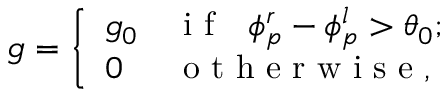
g = \left\{ \begin{array} { l l } { g _ { 0 } } & { \mathrm { ~ i ~ f ~ ~ ~ } \phi _ { p } ^ { r } - \phi _ { p } ^ { l } > \theta _ { 0 } ; } \\ { 0 } & { \mathrm { ~ o ~ t ~ h ~ e ~ r ~ w ~ i ~ s ~ e ~ } , } \end{array} \right.